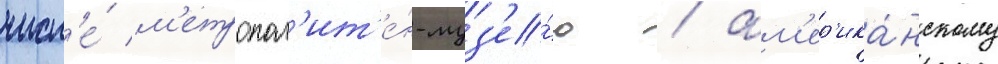
числ'е́ м'етропол'ит'е́н-муз'е́ю / ам'ер'ика́нскому